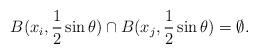
LaTeX: \begin{align*}B(x_i,\frac{1}{2}\sin\theta)\cap B(x_j,\frac{1}{2}\sin\theta)=\emptyset.\end{align*}